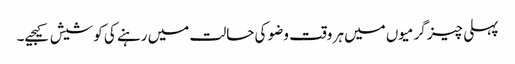
پہلی چیز گرمیوں میں ہر وقت وضو کی حالت میں رہنے کی کوشیش کیجیے۔